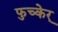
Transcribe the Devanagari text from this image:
फुच्केर्